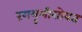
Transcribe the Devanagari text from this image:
रंगभूमीसोबत